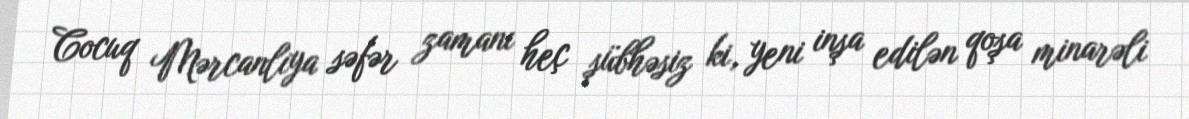
Cocuq Mərcanlıya səfər zamanı heç şübhəsiz ki, yeni inşa edilən qoşa minarəli